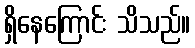
ရှိနေကြောင်း သိသည်။